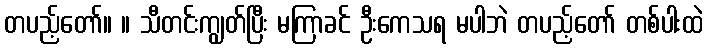
တပည့်တော်။ ။ သီတင်းကျွတ်ပြီး မကြာခင် ဦးကေသရ မပါဘဲ တပည့်တော် တစ်ပါးထဲ